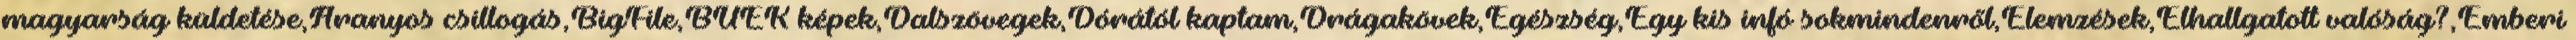
magyarság küldetése,Aranyos csillogás,BigFile,BÚÉK képek,Dalszövegek,Dórától kaptam,Drágakövek,Egészség,Egy kis infó sokmindenről,Elemzések,Elhallgatott valóság?,Emberi